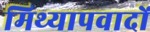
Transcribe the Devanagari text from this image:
मिथ्‍यापवादों